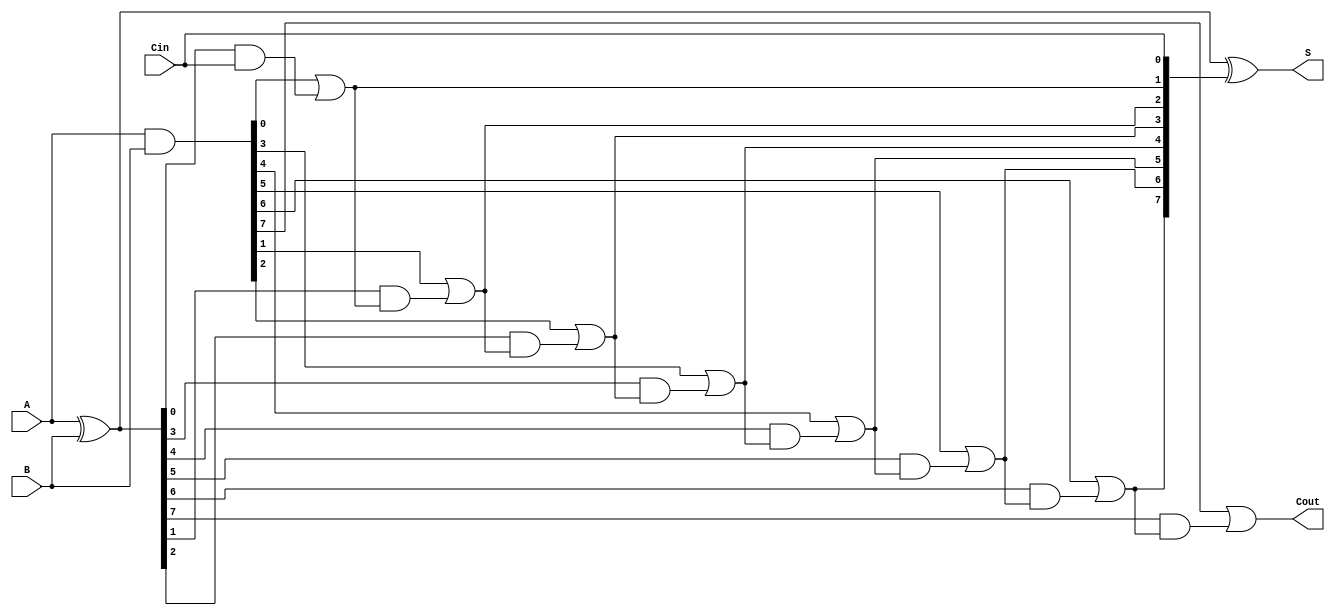
module SklanskyAdder #(parameter N = 8) (
    input  wire [N-1:0] A,
    input  wire [N-1:0] B,
    input  wire         Cin,
    output wire [N-1:0] S,
    output wire         Cout
);
    // Generate and propagate signals
    wire [N-1:0] G; // Generate
    wire [N-1:0] P; // Propagate
    wire [N:0] C;   // Carry (C[0] = Cin)

    // Generate and propagate calculations
    assign G = A & B;         // G[i] = A[i] AND B[i]
    assign P = A ^ B;         // P[i] = A[i] XOR B[i]
    
    // Carry signal initialization
    assign C[0] = Cin;

    // Carry generation using Sklansky tree logic
    genvar i;
    generate
        // Level 1: Calculate carry signals
        for (i = 0; i < N; i = i + 1) begin : carry_generation
            if (i == 0) begin
                assign C[i + 1] = G[i] | (P[i] & C[i]); // Cout[0]
            end else begin
                assign C[i + 1] = G[i] | (P[i] & C[i]); // Cout[i]
            end
        end
    endgenerate

    // Sum calculation
    assign S = P ^ C[N-1:0]; // S[i] = P[i] XOR C[i]

    // Final carry-out
    assign Cout = C[N]; // Final carry-out

endmodule